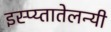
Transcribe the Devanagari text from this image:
इस्प्य्तातेलन्यी